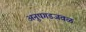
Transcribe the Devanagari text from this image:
अनुपगडजवळ